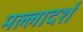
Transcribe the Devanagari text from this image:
मल्लादर्श